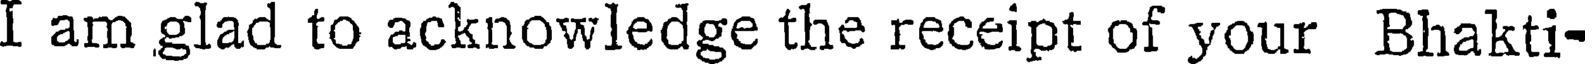
I am glad to acknowledge the receipt of your Bhakti-